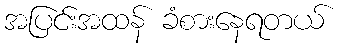
အပြင်းအထန် ခံစားနေရတယ်